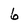
Character: 6